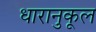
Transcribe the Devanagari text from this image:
धारानुकूल